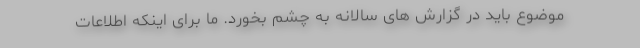
موضوع باید در گزارش های سالانه به چشم بخورد. ما برای اینکه اطلاعات